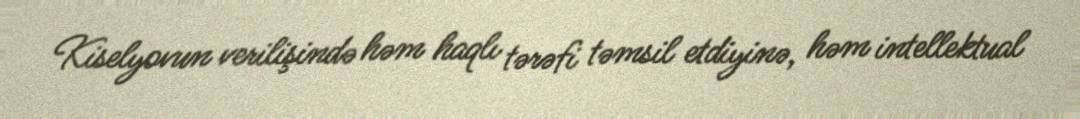
Kiselyovun verilişində həm haqlı tərəfi təmsil etdiyinə, həm intellektual